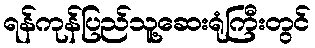
ရန်ကုန်ပြည်သူ့ဆေးရုံကြီးတွင်